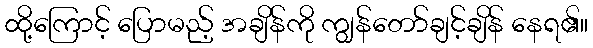
ထို့ကြောင့် ပြောမည့် အချိန်ကို ကျွန်တော်ချင့်ချိန် နေရ၏။